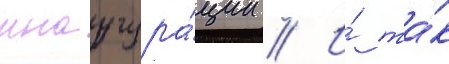
инаугура́ции // И́ та́к